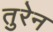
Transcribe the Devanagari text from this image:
तुरेन